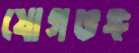
যোগভঙ্গ